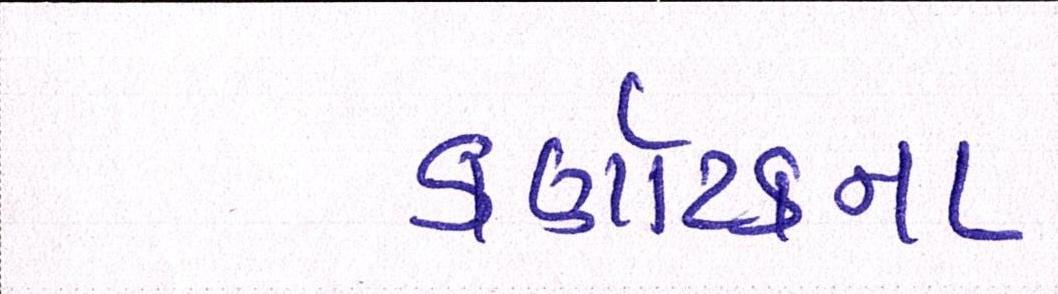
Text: કર્ણાટકના